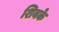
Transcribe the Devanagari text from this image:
शिवके